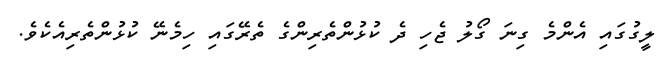
ލީގުގައި އެންމެ ގިނަ ގޯލު ޖެހި ދެ ކުޅުންތެރިންގެ ތެރޭގައި ހިމެނޭ ކުޅުންތެރިއެކެވެ.